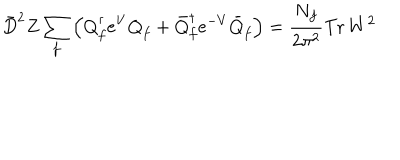
\bar { D } ^ { 2 } Z \sum _ { f } \left( { Q } _ { f } ^ { \dagger } e ^ { V } { Q } _ { f } + \bar { Q } _ { f } ^ { \dagger } e ^ { - V } \bar { Q } _ { f } \right) = \frac { N _ { f } } { 2 \pi ^ { 2 } } \mathrm { T r } \, W ^ { 2 }